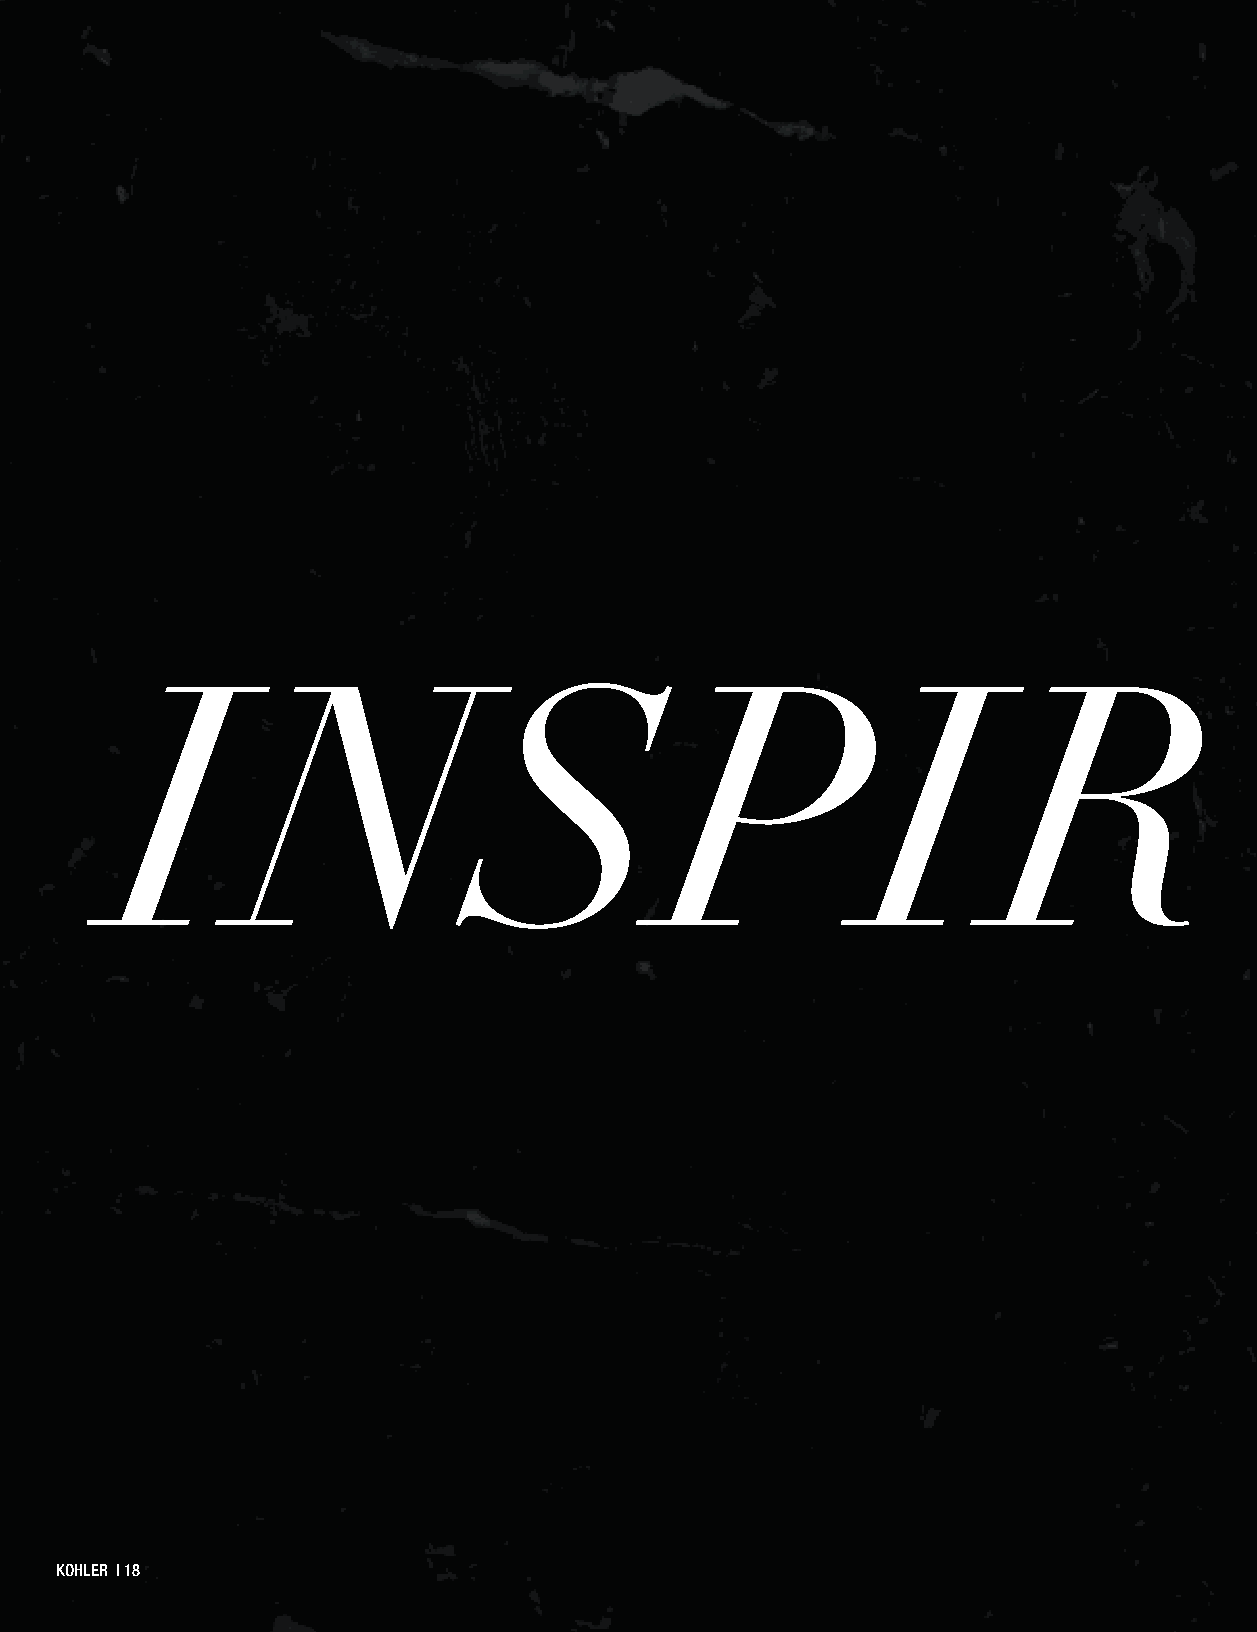
INSPIR                                                                        ATION
 KKOOHHLLEERR || 1188